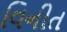
વિનીત